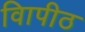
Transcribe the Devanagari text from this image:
विापीठ